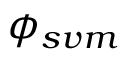
\phi _ { s v m }